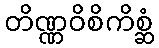
တိဏ္ဏဝိစိကိစ္ဆံ